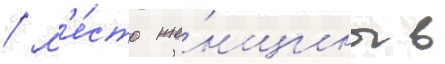
/ м'е́сто же́нщины в